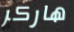
هاركر